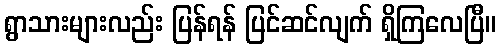
ရွာသားများလည်း ပြန်ရန် ပြင်ဆင်လျက် ရှိကြလေပြီ။